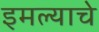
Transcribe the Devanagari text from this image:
इमल्याचे